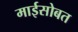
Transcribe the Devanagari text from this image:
माईसोबत